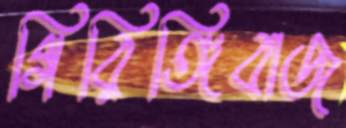
গিরিঙ্গিবাজ